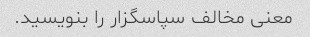
معنی مخالف سپاسگزار را بنویسید.